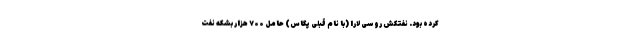
کرده بود. نفتکش روسی لارا (با نام قبلی پگاس) حامل ۷۰۰ هزار بشکه نفت